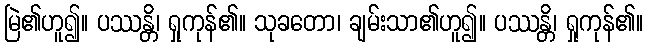
မြဲ၏ဟူ၍။ ပဿန္တိ၊ ရှုကုန်၏။ သုခတော၊ ချမ်းသာ၏ဟူ၍။ ပဿန္တိ၊ ရှုကုန်၏။